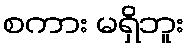
စကား မရှိဘူး